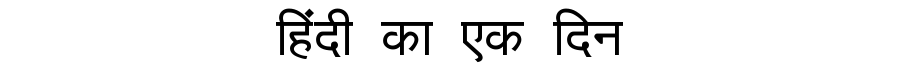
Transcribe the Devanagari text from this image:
हिंदी का एक दिन